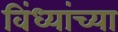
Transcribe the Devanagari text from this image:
विंध्यांच्या